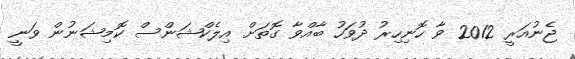
ޖެނުއަރީ 2012 ވާ ހޮނިހިރު ދުވަހު ބާއްވާ ގޮތަށް އިލެކްޝަންސް ކޮމިޝަނުން ވަނީ